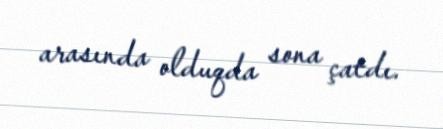
arasında olduqda sona çatdı.